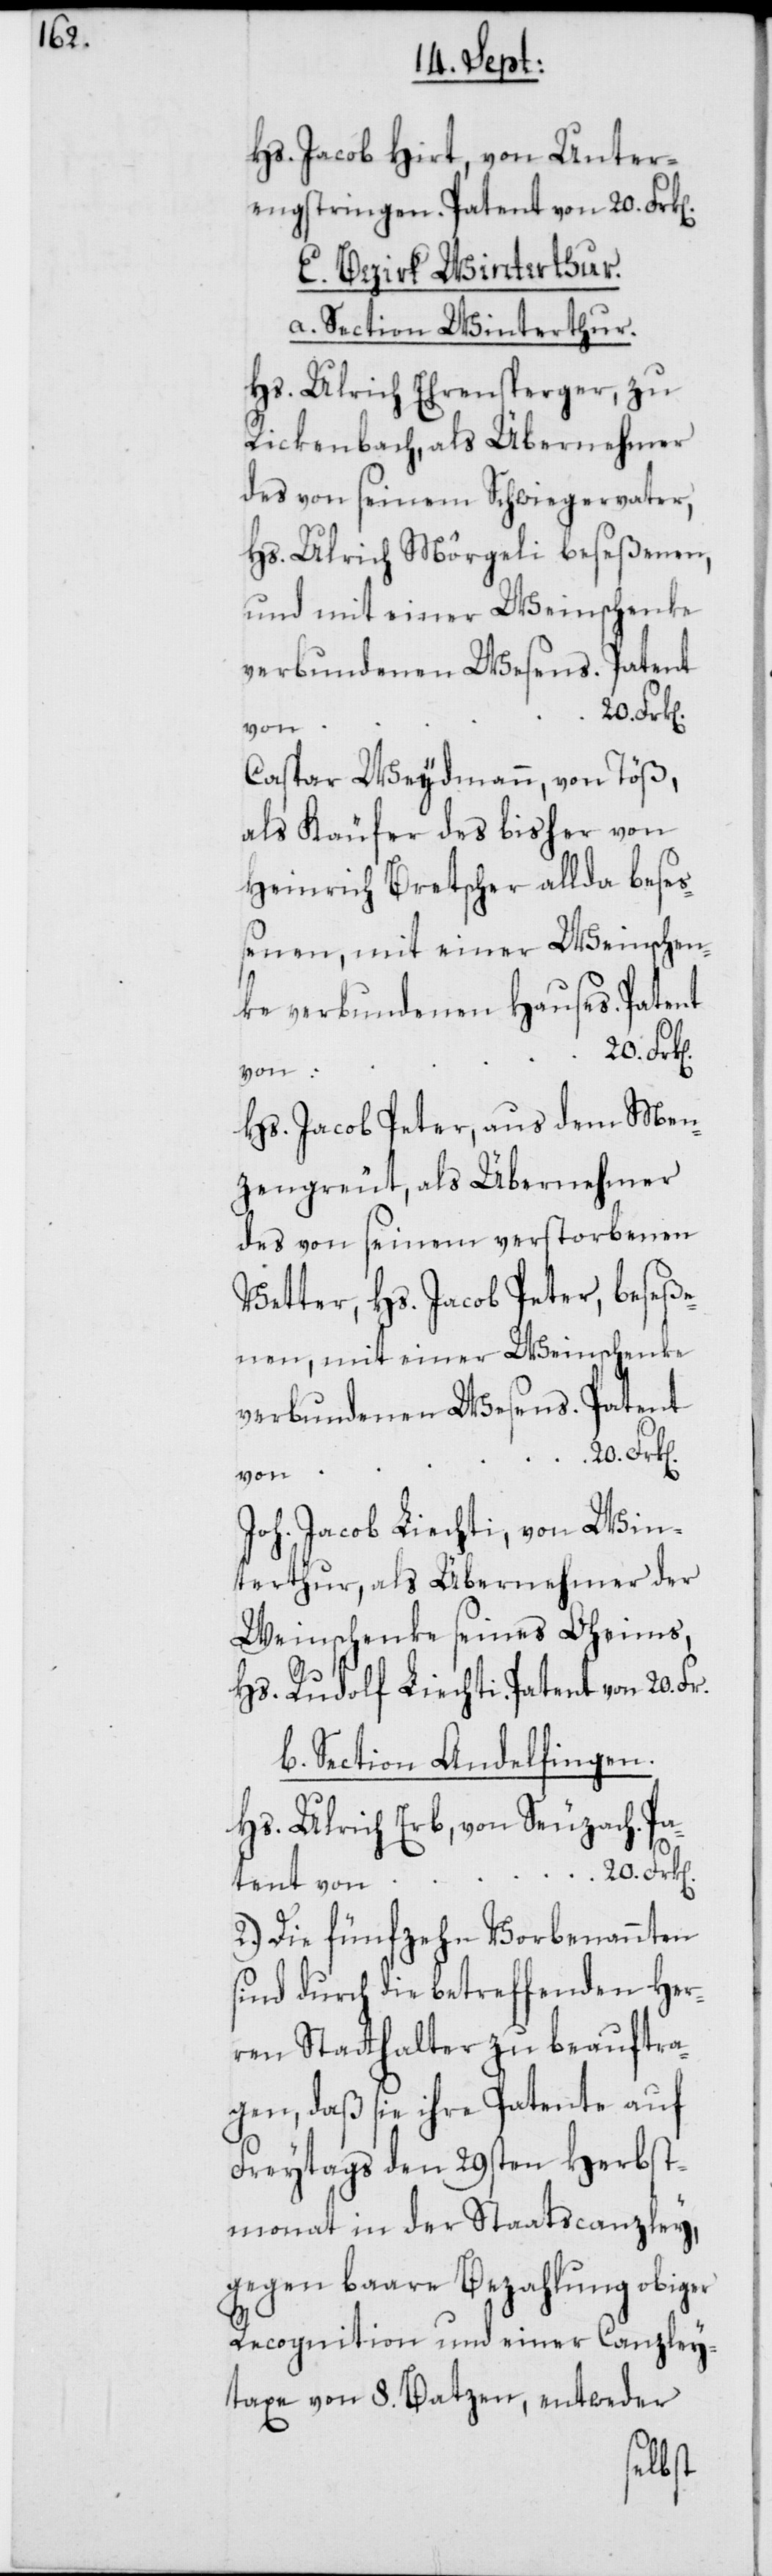
n].

Hs. Jacob Hirt, von Unter¬
engstringen. Patent von 20. Frk[e¬
E. Bezirk Winterthur.
a. Section Winterthur.
Hs. Ulrich Ehrensperger, zu
Rickenbach, als Übernehmer
des von seinem Schwiegervater,
Hs. Ulrich Mörgeli beseßenen,
und mit einer Weinschenke
verbundenen Wesens. Patent
von
Caspar Weydmann, von Töß,
als Käufer des bisher von
Heinrich Bretscher allda beseß¬
enen, mit einer Weinschen¬
ke verbundenen Hauses. Patent
von
Hs. Jacob Peter, aus dem Men¬
zengreüt, als Übernehmer
des von seinem verstorbenen
Vetter, Hs. Jacob Peter, beseße¬
nen, mit einer Weinschenke
verbundenen Wesens. Patent
von
Joh. Jacob Liechti, von Win¬
terthur, als Übernehmer der
Weinschenke seines Oheims,
Hs. Rudolf Liechti, Patent von 20.
b. Section Andelfingen.
Hs. Ulrich Erb, von Seuzach. Pa¬
tent von 20. Frk[en].
2.) Die fünfzehn Vorbenannten
sind durch die betreffenden Her¬
ren Statthalter zu beauftra¬
gen, daß sie ihre Patente auf
Freytags den 29sten Herbst¬
monat in der Staatscanzley,
gegen baare Bezahlung obiger
Recognition und einer Canzley¬
taxe von 8. Batzen, entweder